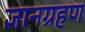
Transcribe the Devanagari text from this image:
ज्ञानग्रहण